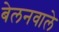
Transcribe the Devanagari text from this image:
बेलनवाले